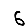
Digit: 6